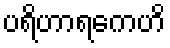
ပရိဟာရကေဟိ